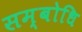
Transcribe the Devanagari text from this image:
सम्‍बोधि